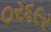
૦ર૬૯ર